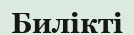
Билікті